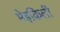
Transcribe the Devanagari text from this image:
मेइकिली